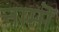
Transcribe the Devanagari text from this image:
नामॊं